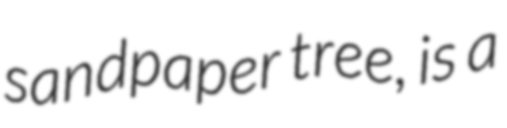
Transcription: sandpaper tree, is a